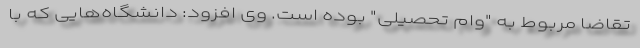
تقاضا مربوط به "وام تحصیلی" بوده است. وی افزود: دانشگاه‌هایی که با